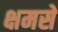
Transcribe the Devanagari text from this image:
क्षमसे